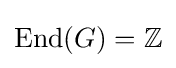
{\text{End}}(G)=\mathbb {Z}